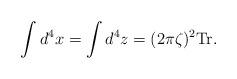
LaTeX: \begin{align*}\int d^4x=\int d^4z=(2\pi\zeta)^2\mbox{Tr}.\end{align*}